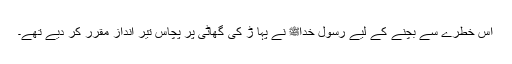
اس خطرے سے بچنے کے لیے رسول خداﷺ نے پہا ڑ کی گھاٹی پر پچاس تیر انداز مقرر کر دیے تھے۔